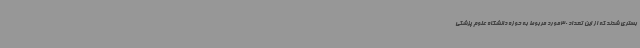
بستری شدند که از این تعداد 30مورد مربوط به حوزه دانشگاه علوم پزشکی